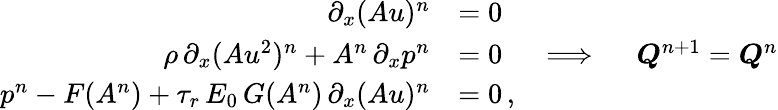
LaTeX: \begin{array}{rl}{\partial_{x}(Au)^{n}}&{=0}\\ {\rho\, \partial_{x}(Au^{2})^{n}+A^{n}\, \partial_{x}p^{n}}&{=0\quad\implies\quad\boldsymbol{Q}^{n+1}=\boldsymbol{Q}^{n}}\\ {p^{n}-F(A^{n})+\tau_{r}\, E_{0}\, G(A^{n})\, \partial_{x}(Au)^{n}}&{=0\, ,}\end{array}